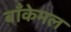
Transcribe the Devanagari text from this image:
बाँकेमल